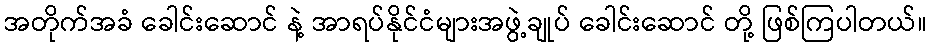
အတိုက်အခံ ခေါင်းဆောင် နဲ့ အာရပ်နိုင်ငံများအဖွဲ့ချုပ် ခေါင်းဆောင် တို့ ဖြစ်ကြပါတယ်။